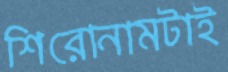
শিরোনামটাই